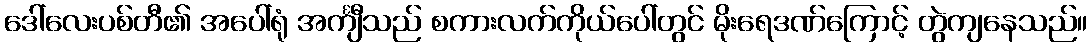
ဒေါ်လေးပစ်တီ၏ အပေါ်ရုံ အင်္ကျီသည် စကားလက်ကိုယ်ပေါ်တွင် မိုးရေဒဏ်ကြောင့် တွဲကျနေသည်။